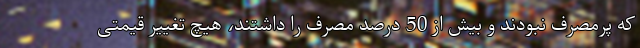
که پرمصرف نبودند و بیش از 50 درصد مصرف را داشتند، هیچ تغییر قیمتی